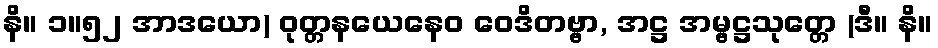
နိ။ ၁။၅၂ အာဒယော) ဝုတ္တနယေနေဝ ဝေဒိတဗ္ဗာ, အဋ္ဌ အမ္ဗဋ္ဌသုတ္တေ (ဒီ။ နိ။